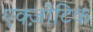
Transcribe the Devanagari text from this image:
एक्ज़ोटिक